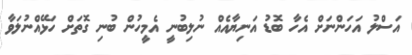
އަސްލު އަހަންނަށް އެހާ ބޮޑު އަނިޔާއެއް ނުލިބުނީ އެމީހުން ބުނި ގޮތަށް ހަޅޭއްނުލަވާ